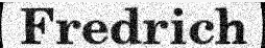
Fredrich